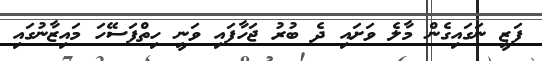
ފަޒީ ނަގައިގެން މާލެ ވަށައި ދެ ބުރު ޖަހާފައި ވަނީ ހިތްފަސޭހަ މައިޒާނުގައި